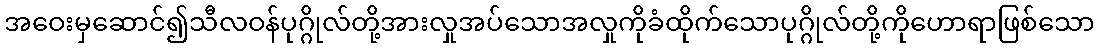
အဝေးမှဆောင်၍သီလဝန်ပုဂ္ဂိုလ်တို့အားလှုအပ်သောအလှုကိုခံထိုက်သောပုဂ္ဂိုလ်တို့ကိုဟောရာဖြစ်သော